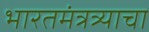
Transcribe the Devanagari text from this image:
भारतमंत्रत्र्याचा